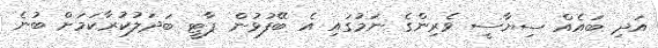
އަދި ބައެއް ސިޔާސީ ވެރިންގެ ނަމުގައި އެ ބޭފުޅުން ޕާޓީ ބަދަލުކުރާކަމަށް ބުނެ